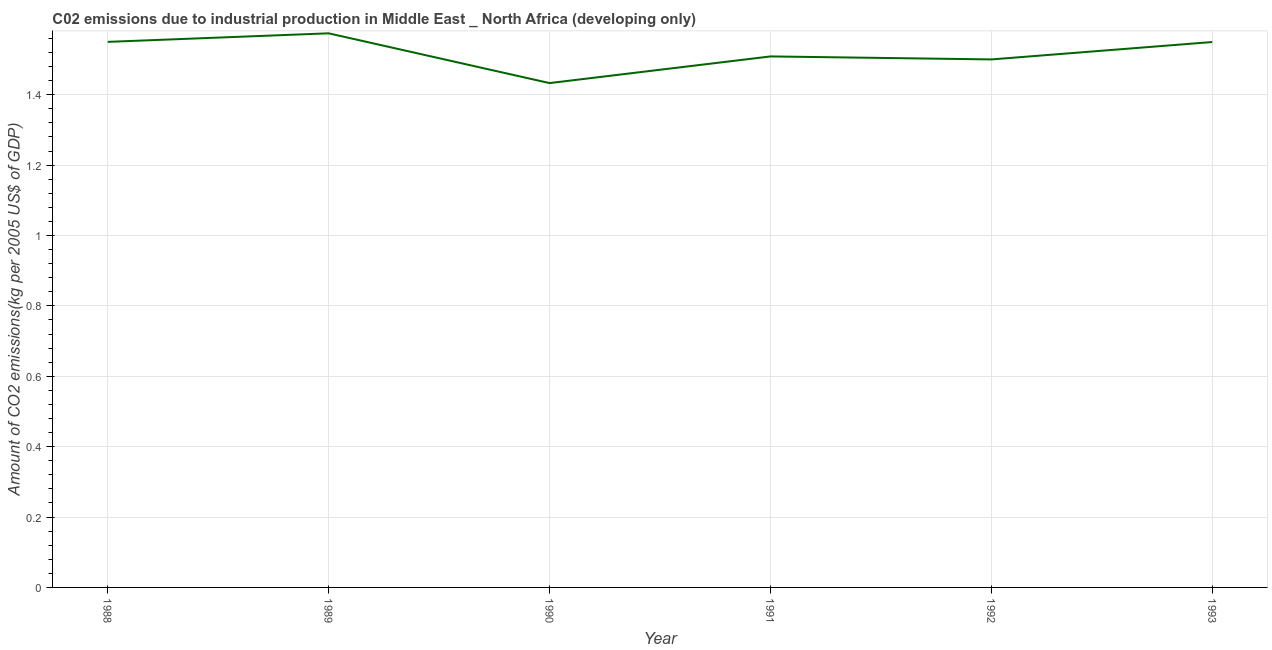
| Year | CO2 emissions  |
 | --- | --- |
 | 1988 | 1.55 |
 | 1989 | 1.57 |
 | 1990 | 1.43 |
 | 1991 | 1.51 |
 | 1992 | 1.5 |
 | 1993 | 1.55 |